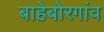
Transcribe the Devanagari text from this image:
बाहेबोरगांव